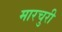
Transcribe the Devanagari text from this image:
मारचुरी